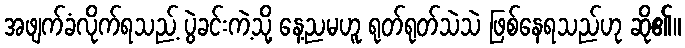
အဖျက်ခံလိုက်ရသည့် ပွဲခင်းကဲ့သို့ နေ့ညမဟူ ရုတ်ရုတ်သဲသဲ ဖြစ်နေရသည်ဟု ဆို၏။